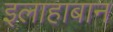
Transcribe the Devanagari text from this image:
इलाहाबान